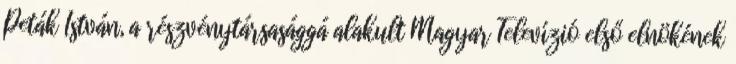
Peták István, a részvénytársasággá alakult Magyar Televízió első elnöké­nek